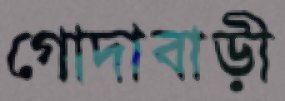
গোদাবাড়ী